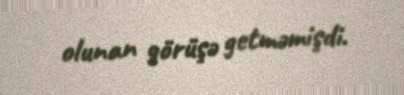
olunan görüşə getməmişdi.